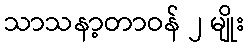
သာသနာ့တာဝန် ၂ မျိုး